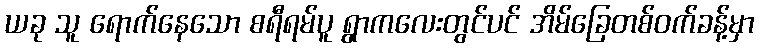
ယခု သူ ရောက်နေသော စရီရမ်ပူ ရွာကလေးတွင်ပင် အိမ်ခြေတစ်ဝက်ခန့်မှာ